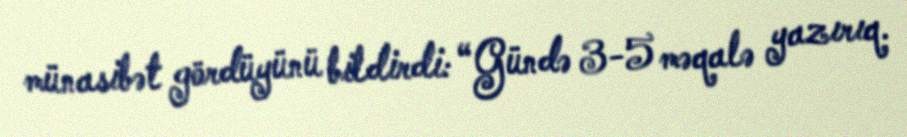
münasibət gördüyünü bildirdi: “Gündə 3-5 məqalə yazırıq.